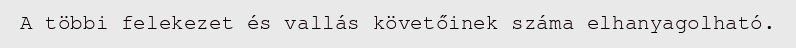
A többi felekezet és vallás követőinek száma elhanyagolható.